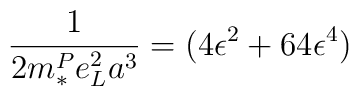
\frac{1}{2m^{P}_{*}e_{L}^{2}a^{3}}=(4\epsilon^2+64\epsilon^4)